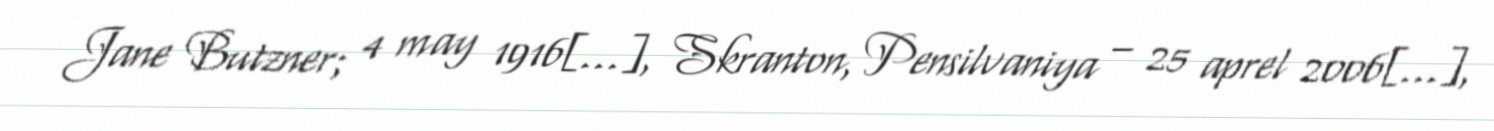
Jane Butzner; 4 may 1916[…], Skranton, Pensilvaniya – 25 aprel 2006[…],